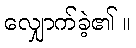
လျှောက်ခဲ့၏ ။